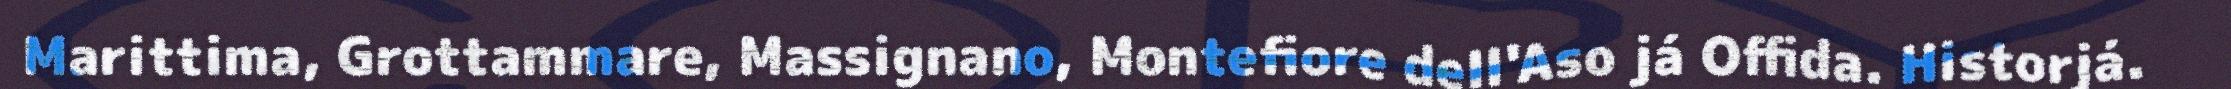
Marittima, Grottammare, Massignano, Montefiore dell'Aso já Offida. Historjá.